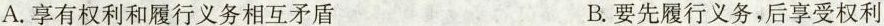
A.享有权利和履行义务相互矛盾 B.要先履行义务，后享受权利